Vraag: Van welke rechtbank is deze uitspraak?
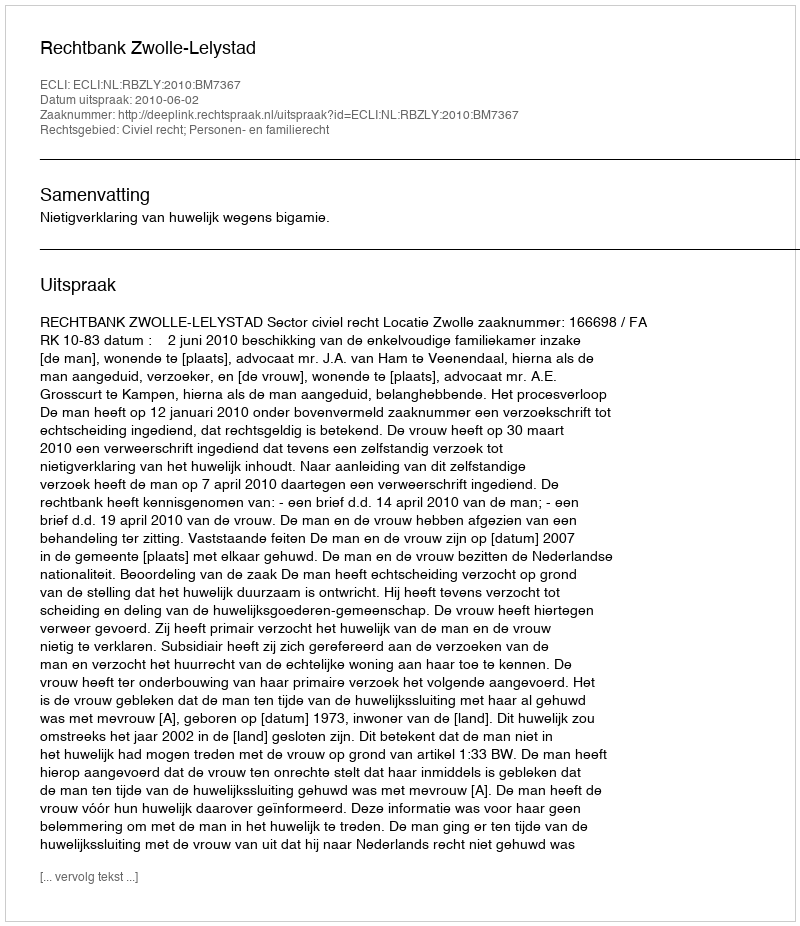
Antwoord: Rechtbank Zwolle-Lelystad